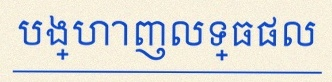
បង្ហាញលទ្ធផល